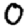
Digit: 0